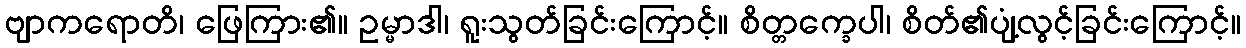
ဗျာကရောတိ၊ ဖြေကြား၏။ ဥမ္မာဒါ၊ ရူးသွတ်ခြင်းကြောင့်။ စိတ္တက္ခေပါ၊ စိတ်၏ပျံ့လွင့်ခြင်းကြောင့်။